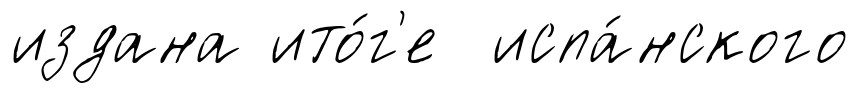
издана ито́г'е испа́нского